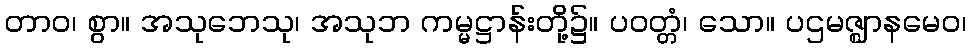
တာဝ၊ စွာ။ အသုဘေသု၊ အသုဘ ကမ္မဋ္ဌာန်းတို့၌။ ပဝတ္တံ၊ သော။ ပဌမဇ္ဈာနမေဝ၊